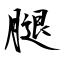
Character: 腿